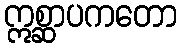
ဣစ္ဆာပကတော